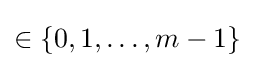
\in \{0,1,\ldots ,m-1\}